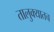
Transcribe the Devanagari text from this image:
तालुक्यातच